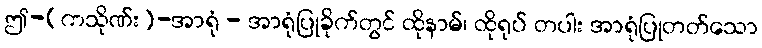
ဤ-(ကသိုဏ်း)-အာရုံ - အာရုံပြုခိုက်တွင် ထိုနာမ်၊ ထိုရုပ် တပါး အာရုံပြုတတ်သော